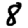
Digit: 8